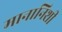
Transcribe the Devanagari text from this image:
मानानिशी